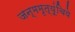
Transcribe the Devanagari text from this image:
जन्ममृत्यूंचिये